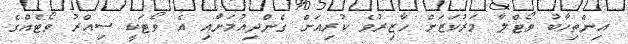
އިންތިހާބު ވޯޓްލާ މަރުކަޒަށް ހާޒިރުވެ ކުރިއަށް ގެންދިއުމަށާއި އެ ވޯޓަކީ ސިއްރު ވޯޓެއްގެ